Report on lock hospitals in British Burma
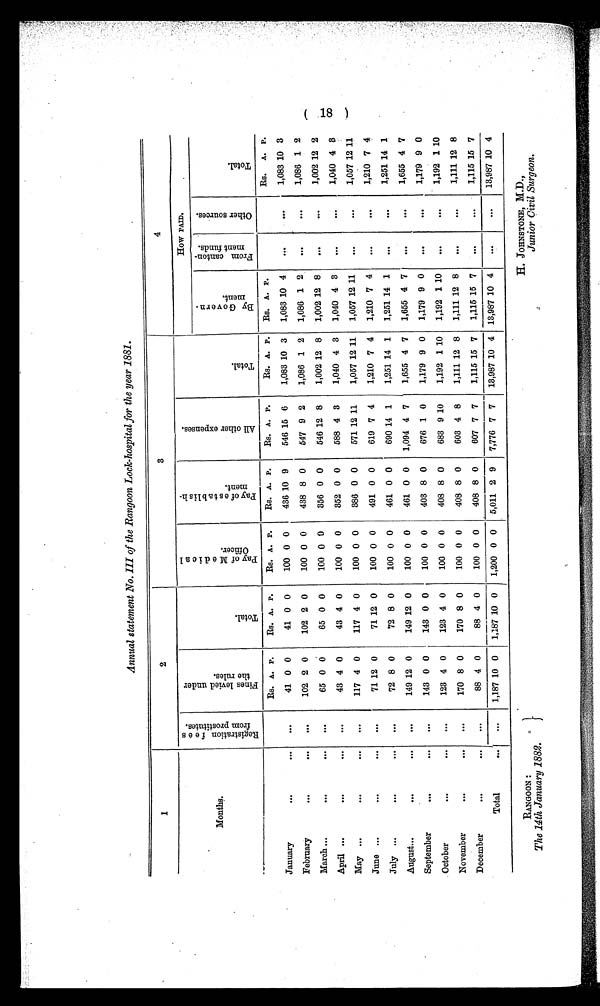
RANGOON :
The 14th January 1882.
H. JOHNSTONE, M.D.,
Junior Civil Surgeon.
Annual statement No. III of the Rangoon Lock-hospital for the year 1881.
1
2
3
4
Months.
R e g i s t r a t i o n f e e s
f o r m p r o s t i t u t e s .
F i n e s l e v i e d u n d e r
t h e r u l e s .
T o t a l .
P a y o f M e d i c a l
O f f i c e r .
P a y e s t a b l i s h -
m e n t .
A l l o t h e r e x p e n s e s .
T o t a l .
How PAID.
B y G o v e r n -
m e n t .
F r o m c a n t o n -
m e n t f u n d s .
O t h e r s o u r c e s
T o t a l .
...,.
Rs. A. P.
Rs. A. P.
Rs. A. P.
Rs. A. P.
Rs. A. P.
Rs. A. P.
Rs. A. P.
Rs.
A. P.
January
. . .
. . .
. . .
41 0 0
41 0 0
100 0 0
436 10 9
546 15 6
1,083 10 3
1,083 10 4
..
...
1,083 10 3
February
. . .
. . .
. . . .
102 2 0
102 2 0
100 0 0
438 8 0
547 9 2
1,086 1 2
1,086 1 2
...
. . .
1,086 1 2
March ...
. . .
. . .
. . .
65 0 0
65 0 0
100 0 9
356 0 0
546 12 8
1,002 12 8
1,002 12 8
...
. . .
1,002 12 2
April ...
. . .
. . .
. . .
43 4 0
43 4 0
100 0 0
352 0 0
588 4 3
1,040 4 3
1,040 4 3
...
. . .
1,040 4 8
May ...
. . .
. . .
. . .
117 4 0
117 4 0
100 0 0
386 0 0
571 12 11
1,057 12 11
1,057 12 11
...
. . .
1,057 12 11
June ...
. . .
...
. . .
71 12 0
71 12 0
100 0 0
491 0 0
619 7 4
1,210 7 4
1,210 7 4
...
. . .
1,210 7 4
July ...
. . .
. . .
. . .
72 8 0
72 8 0
100 0 0
461 0 0
690 14 1
1,251 14 1
1,251 14 1
. . .
. . .
1,251 14 1
August...
. . .
. . .
. . .
149 12 0
149 12 0
100 0 0
461 0 0
1,094 4 7
1,655 4 7
1,655 4 7
...
. . .
1,655 4 7
September
. . .
. . .
. . .
143 0 0
143 0
100 0 0
403 8 0
676 1 0
1,179 9 0
1,179 9 0
...
. . .
1,179 9 0
October
. . .
. . .
. . .
123 4 0
123 4 0
100 0 0
408 8 0
683 9 10
1,192 1 10
1,192 1 10
...
. . .
1,192 1 10
November
. . .
. . .
. . .
170 8 0
170 8 0
100 0 0
408 8 0
603 4 8
1,111 12 8
1,111 12 8
...
. . .
1,111 12 8
December
. .
. . .
. . .
88 4 0
88 4 0
100 0 0
408 8 0
607 7 7
1,115 15 7
1,115 15 7
...
. . .
1,115 15 7
Total
...
...
1,187 10 0
1,187 10 0
1,200 0 0
5,011 2 9
7,776 7 7
13,987 10 4 13,987 10 4
...
. . .
13,987 10 4
GO